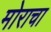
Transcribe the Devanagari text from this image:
मोराचा